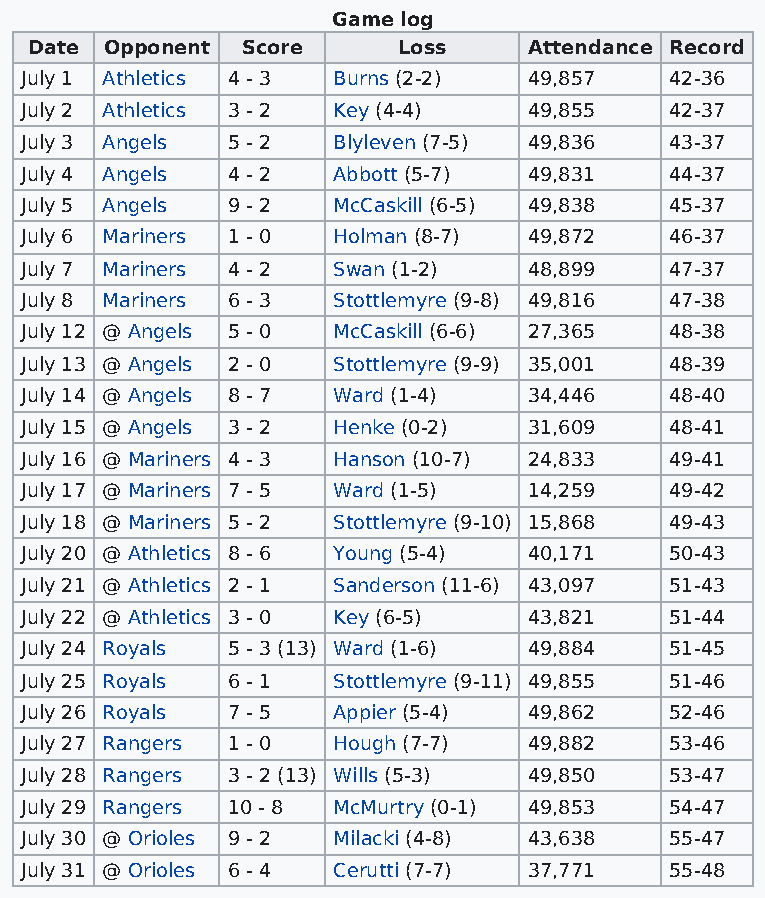
Game log
 Date Opponent Score     Loss     Attendance Record
 July 1 Athletics 4 - 3 Burns (2-2) 49,857  42-36
 July 2 Athletics 3 - 2 Key (4-4)  49,855   42-37
 July 3 Angels 5 - 2  Blyleven (7-5) 49,836 43-37
 July 4 Angels 4 - 2  Abbott (5-7) 49,831   44-37
 July 5 Angels 9 - 2  McCaskill (6-5) 49,838 45-37
 July 6 Mariners 1 - 0 Holman (8-7) 49,872  46-37
 July 7 Mariners 4 - 2 Swan (1-2)  48,899   47-37
 July 8 Mariners 6 - 3 Stottlemyre (9-8) 49,816 47-38
 July 12 @ Angels 5 - 0 McCaskill (6-6) 27,365 48-38
 July 13 @ Angels 2 - 0 Stottlemyre (9-9) 35,001 48-39
 July 14 @ Angels 8 - 7 Ward (1-4) 34,446   48-40
 July 15 @ Angels 3 - 2 Henke (0-2) 31,609  48-41
 July 16 @ Mariners 4 - 3 Hanson (10-7) 24,833 49-41
 July 17 @ Mariners 7 - 5 Ward (1-5) 14,259 49-42
 July 18 @ Mariners 5 - 2 Stottlemyre (9-10) 15,868 49-43
 July 20 @ Athletics 8 - 6 Young (5-4) 40,171 50-43
 July 21 @ Athletics 2 - 1 Sanderson (11-6) 43,097 51-43
 July 22 @ Athletics 3 - 0 Key (6-5) 43,821 51-44
 July 24 Royals 5 - 3 (13) Ward (1-6) 49,884 51-45
 July 25 Royals 6 - 1 Stottlemyre (9-11) 49,855 51-46
 July 26 Royals 7 - 5 Appier (5-4) 49,862   52-46
 July 27 Rangers 1 - 0 Hough (7-7) 49,882   53-46
 July 28 Rangers 3 - 2 (13) Wills (5-3) 49,850 53-47
 July 29 Rangers 10 - 8 McMurtry (0-1) 49,853 54-47
 July 30 @ Orioles 9 - 2 Milacki (4-8) 43,638 55-47
 July 31 @ Orioles 6 - 4 Cerutti (7-7) 37,771 55-48